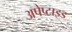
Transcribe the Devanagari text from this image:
अपेप्टाइड